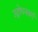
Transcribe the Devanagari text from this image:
उद्बोधनवर्ग